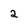
Character: 2